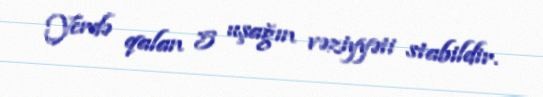
Yerdə qalan 5 uşağın vəziyyəti stabildir.